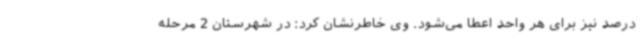
درصد نیز برای هر واحد اعطا می‌شود. وی خاطرنشان کرد: در شهرستان 2 مرحله